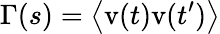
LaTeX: \Gamma(s)=\left<\mathrm{v}(t)\mathrm{v}(t^{\prime})\right>